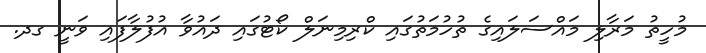
މުހީތު މަރާލި މައްސަލައިގެ ތުހުމަތުގައި ކްރިމިނަލް ކޯޓުގައި ދައުވާ އުފުލާފައި ވަނީ ގދ.